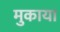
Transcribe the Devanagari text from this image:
मुकाया